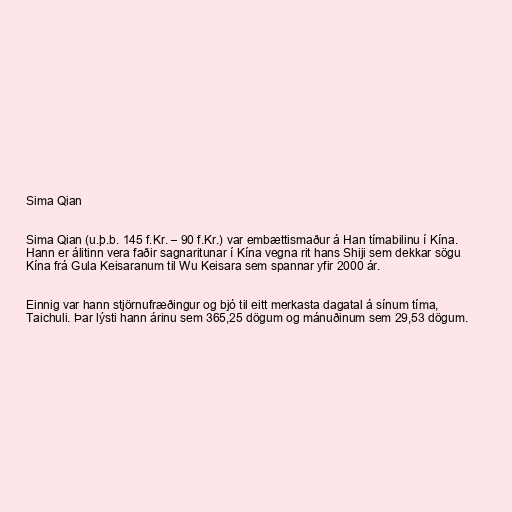
Sima Qian

Sima Qian (u.þ.b. 145 f.Kr. – 90 f.Kr.) var embættismaður á Han tímabilinu í Kína.
Hann er álitinn vera faðir sagnaritunar í Kína vegna rit hans Shiji sem dekkar sögu
Kína frá Gula Keisaranum til Wu Keisara sem spannar yfir 2000 ár.

Einnig var hann stjörnufræðingur og bjó til eitt merkasta dagatal á sínum tíma,
Taichuli. Þar lýsti hann árinu sem 365,25 dögum og mánuðinum sem 29,53 dögum.